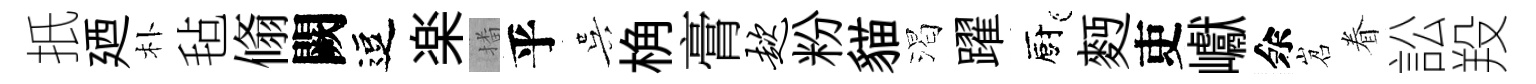
扺廼朴毡翛闕逗楽播乎吴桷膏趑粉貓渴躍廚麪吏巘余岧眷訟羖